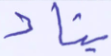
يناد